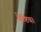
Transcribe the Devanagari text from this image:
वेष्टिय।